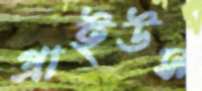
প্রাইউস